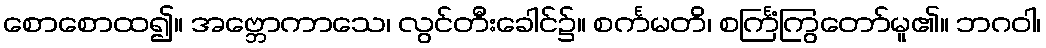
စောစောထ၍။ အဗ္ဘောကာသေ၊ လွင်တီးခေါင်၌။ စင်္ကမတိ၊ စင်္ကြံကြွတော်မူ၏။ ဘဂဝါ၊